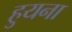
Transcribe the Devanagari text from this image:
हुयना